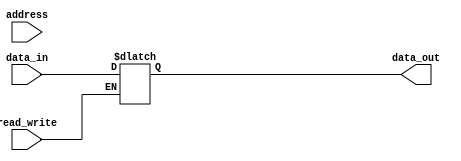
`timescale 1ns / 1ps
//////////////////////////////////////////////////////////////////////////////////
// Company: 
// Engineer: 
// 
// Design Name: 
// Module Name:    memory 
// Project Name: 
// Target Devices: 
// Tool versions: 
// Description: 
//
// Dependencies: 
//
// Revision: 
// Revision 0.01 - File Created
// Additional Comments: 
//
//////////////////////////////////////////////////////////////////////////////////
module memory(data_in, data_out, read_write, address);

 input [7:0] data_in;
 input read_write;
 input [4:0] address;
 output reg [7:0] data_out;
 reg [7:0] reg_array[31:0];
 wire index;
 
 always @(read_write)
 begin
 if (read_write == 1)
 begin
 reg_array[address] = data_in ;
 end
 if(read_write == 0)
 begin 
 data_out = reg_array[address];
 end
 end	
 
endmodule